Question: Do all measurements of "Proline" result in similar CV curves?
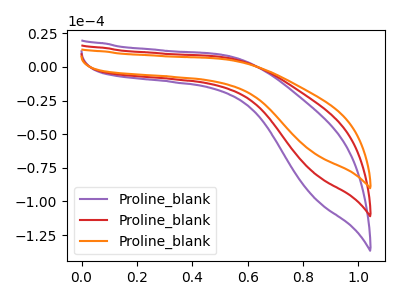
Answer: <think>The purple curve "Proline_blank1" has no peaks. The red curve "Proline_blank2" has no peaks. The orange curve "Proline_blank3" has no peaks.
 Neither "Proline_blank1" or "Proline_blank2" have any peaks. Neither "Proline_blank1" or "Proline_blank3" have any peaks. Neither "Proline_blank2" or "Proline_blank3" have any peaks.</think>
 <answer>All the CV's of "Proline" have similar shape.</answer>
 <eval>follow_rule</eval>